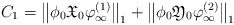
\begin{align*}C_1 = \bigl\|\phi_0 \mathfrak{X}_0 \varphi_\infty^{(1)}\bigr\|_1 + \bigl\|\phi_0 \mathfrak{Y}_0 \varphi_\infty^{(2)}\bigr\|_1\end{align*}